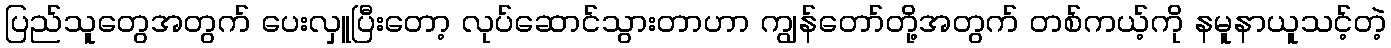
ပြည်သူတွေအတွက် ပေးလှူပြီးတော့ လုပ်ဆောင်သွားတာဟာ ကျွန်တော်တို့အတွက် တစ်ကယ့်ကို နမူနာယူသင့်တဲ့